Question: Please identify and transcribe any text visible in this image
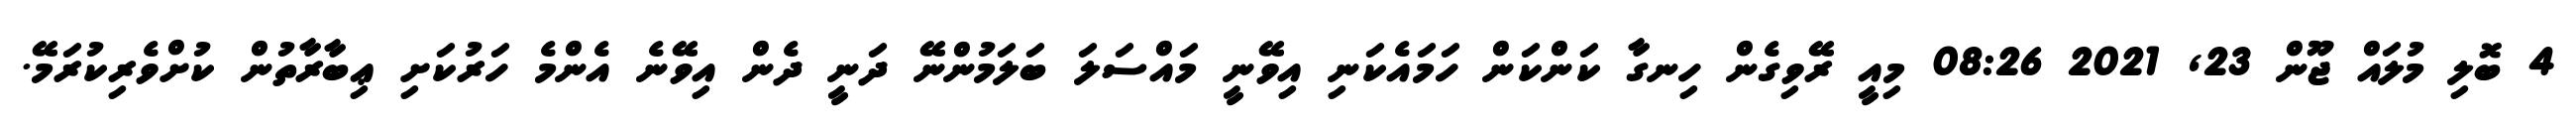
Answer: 4 ބޮލި މުލައް ޖޫން 23, 2021 08:26 މިއީ ރޭވިގެން ހިނގާ ކަންކަން ހަމައެކަނި އިވޭނީ މައްސަލަ ބަލަމުންނޭ ދަނީ ދެން އިވޭނެ އެންމެ ހަރުކަށި ޢިބާރާތުން ކުށްވެރިކުރަމޭ.